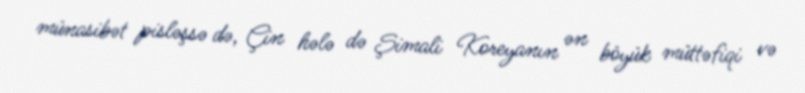
münasibət pisləşsə də, Çin hələ də Şimali Koreyanın ən böyük müttəfiqi və